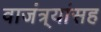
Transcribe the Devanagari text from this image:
वाजंत्र्यांसह